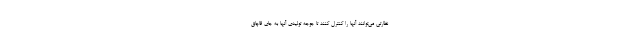
نظارتی می‌توانند آنها را کنترل کنند تا جوجه تولیدی آنها به جای قاچاق